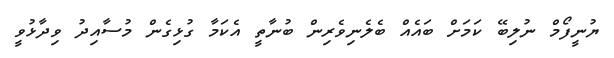
ޔުނީފޯމް ނުލިބޭ ކަމަށް ބައެއް ބެލެނިވެރިން ބުނާތީ އެކަމާ ގުޅިގެން މުސާއިދު ވިދާޅުވީ